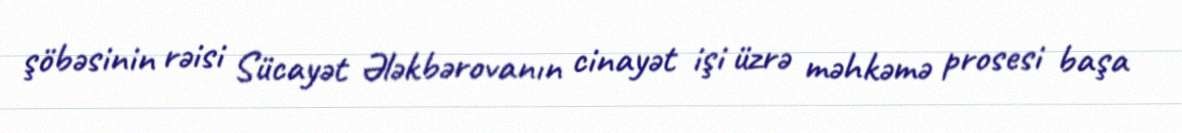
şöbəsinin rəisi Sücayət Ələkbərovanın cinayət işi üzrə məhkəmə prosesi başa